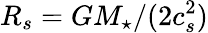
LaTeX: R_{s}=GM_{\star}/(2c_{s}^{2})